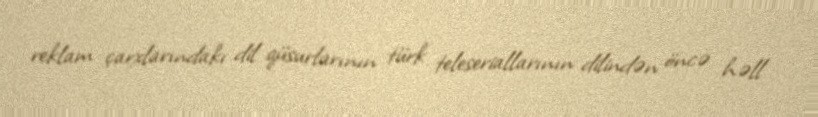
reklam çarxlarındakı dil qüsurlarının türk teleseriallarının dilindən öncə həll